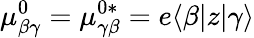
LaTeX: \mu_{\beta\gamma}^{0}=\mu_{\gamma\beta}^{0\ast}=e\langle\beta|z|\gamma\rangle